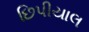
છિપીયાલ